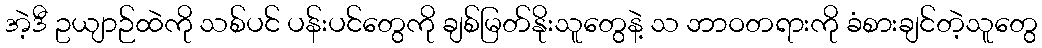
အဲ့ဒီ ဥယျာဉ်ထဲကို သစ်ပင် ပန်းပင်တွေကို ချစ်မြတ်နိုးသူတွေနဲ့ သ ဘာဝတရားကို ခံစားချင်တဲ့သူတွေ